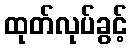
ထုတ်လုပ်ခွင့်